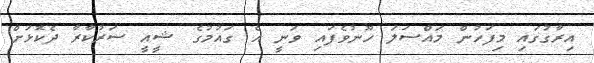
އިރާގުގައި މިފަހުން މައްސަލަ ހޫނުވެފައި ވަނީ އެ ގައުމުގެ ޝީއީ ސަރުކާރާ ދެކޮޅަށް